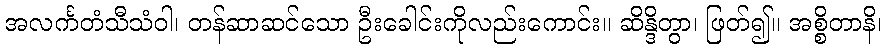
အလင်္ကတံသီသံဝါ၊ တန်ဆာဆင်သော ဦးခေါင်းကိုလည်းကောင်း။ ဆိန္ဒိတွာ၊ ဖြတ်၍။ အစ္စိတာနိ၊